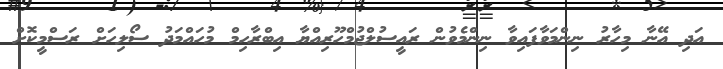
އަދި އޭނާ މިހާރު ނިންމަވާފައިވާ ނިންމެވުން ރައީސުލްޖުމްހޫރިއްޔާ އިބްރާހިމް މުހައްމަދު ސޯލިހަށް ރަސްމީކޮށް